Papers set at the Examination for Leaving Certificates, 1895
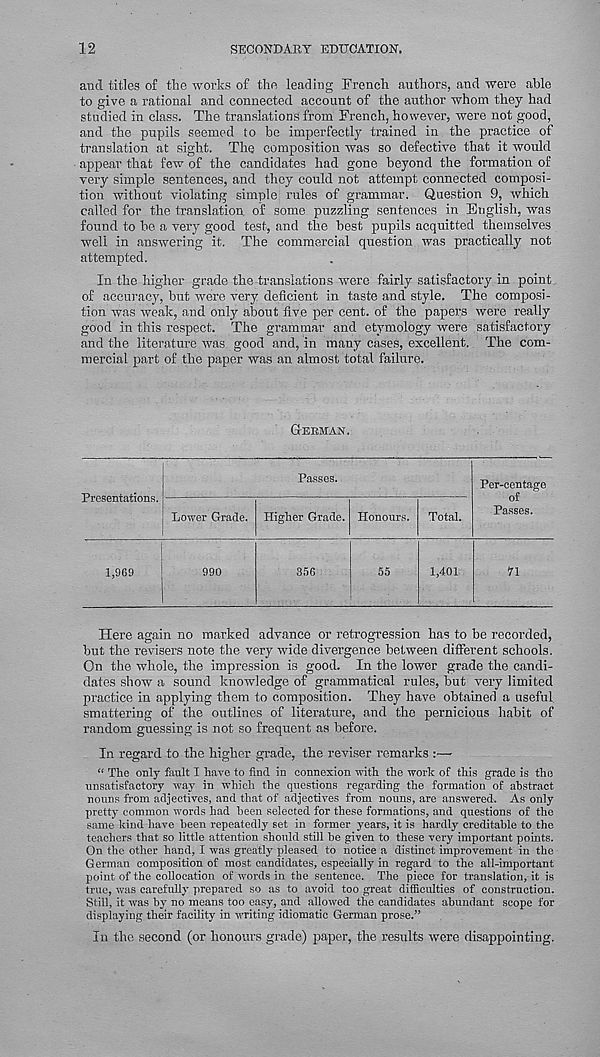
12
SECONDARY EDUCATION.
and titles of the works of the leading French authors, and were able
to give a rational and connected account of the author whom they had
studied in class. The translations from French, however, were not good,
and the pupils seemed to be imperfectly trained in the practice of
translation at sight. The composition was so defective that it would
appear that few of the candidates had gone beyond the formation of
very simple sentences, and they could not attempt connected composi-
tion without violating simple rules of grammar. Question 9, which
called for the translation of some puzzling sentences in English, was
found to he a very good test, and the best pupils acquitted themselves
well in answering it. The commercial question was practically not
attempted.
In the higher grade the translations were fairly satisfactory in point
of accuracy, hut were very deficient in taste and style. The composi-
tion was weak, and only about five per cent, of the papers were really
good in this respect. The grammar and etymology were satisfactory
and the literature was good and, in many cases, excellent. The com-
mercial part of the paper was an almost total failure.
GERMAN .
Presentations.
Passes.
Lower Grade. Higher Grade. Honours. Total.
Per-centage
of
Passes.
1,969
990
356
55
1,401
n
Here again no marked advance or retrogression has to be recorded,
hut the revisers note the very wide divergence between different schools.
On the whole, the impression is good. In the lower grade the candi-
dates show a sound knowledge of grammatical rules, hut very limited
practice in applying them to composition. They have obtained a useful
smattering of the outlines of literature, and the pernicious habit of
random guessing is not so frequent as before.
In regard to the higher grade, the reviser remarks :—
“ The only fault I have to find in connexion with the work of this grade is this
unsatisfactory way in which the questions regarding the formation of abstract
nouns from adjectives, and that of adjectives from nouns, are answered. As only
pretty common words had been selected for these formations, and questions of the
same kind have been repeatedly set in former years, it is hardly creditable to the
teachers that so little attention should still he given to these very important points.
On the other hand, I was greatly pleased to notice a distinct improvement in the
German composition of most candidates, especially in regard to the all-important
point of the collocation of words in the sentence. The piece for translation, it is
true, was carefully prepared so as to avoid too great difficulties of construction.
Still, it was by no means too easy, and allowed the candidates abundant scope for
displaying their facility in writing idiomatic German prose.”
In the second (or honours grade) paper, the results were disappointing.